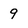
Character: 9